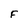
Character: F